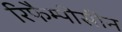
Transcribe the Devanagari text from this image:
रिफैम्पीसीन